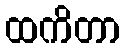
ထကိတာ